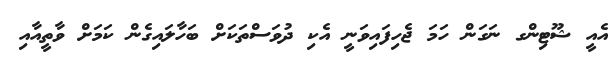
އެއީ ޝޫޓިންގ ނަގަން ހަމަ ޖެހިފައިވަނީ އެކި ދުވަސްތަކަށް ބަހާލައިގެން ކަމަށް ވާތީއާއި